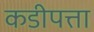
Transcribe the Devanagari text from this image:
कडीपत्ता